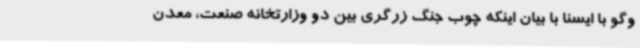
وگو با ایسنا با بیان اینکه چوب جنگ زرگری بین دو وزارتخانه صنعت، معدن